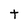
Character: t